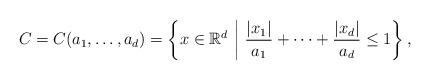
LaTeX: \begin{align*}C = C (a_1 , \dots , a_d) = \left\{ x \in \mathbb{R}^d \,\, \middle| \,\, \frac{|x_1|}{a_1} + \cdots + \frac{|x_d|}{a_d} \le 1 \right\} ,\end{align*}